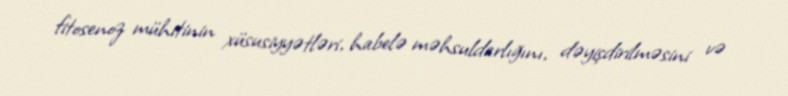
fitosenoz mühitinin xüsusiyyətləri, habelə məhsuldarlığını, dəyişdirilməsini və